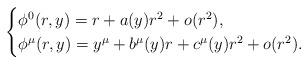
LaTeX: \begin{align*} \begin{cases}\phi^0(r,y)=r+a(y)r^2+o(r^2), \\ \phi^\mu(r,y) = y^\mu + b^{\mu}(y)r+c^{\mu}(y)r^2 + o(r^2).\end{cases} \end{align*}